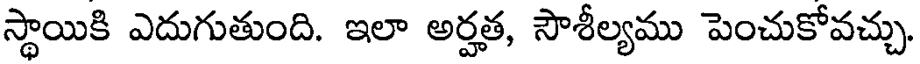
స్థాయికి ఎదుగుతుంది. ఇలా అర్హత, సౌశీల్యము పెంచుకోవచ్చు.